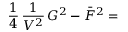
\frac { 1 } { 4 } \, \frac { 1 } { V ^ { 2 } } \, G ^ { 2 } - \bar { F } ^ { 2 } =